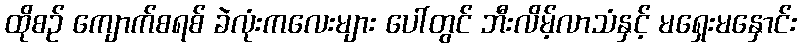
ထိုစဉ် ကျောက်စရစ် ခဲလုံးကလေးများ ပေါ်တွင် ဘီးလိမ့်လာသံနှင့် မရှေးမနှောင်း